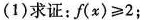
(1)求证：$$f(x)\geqslant 2$$；